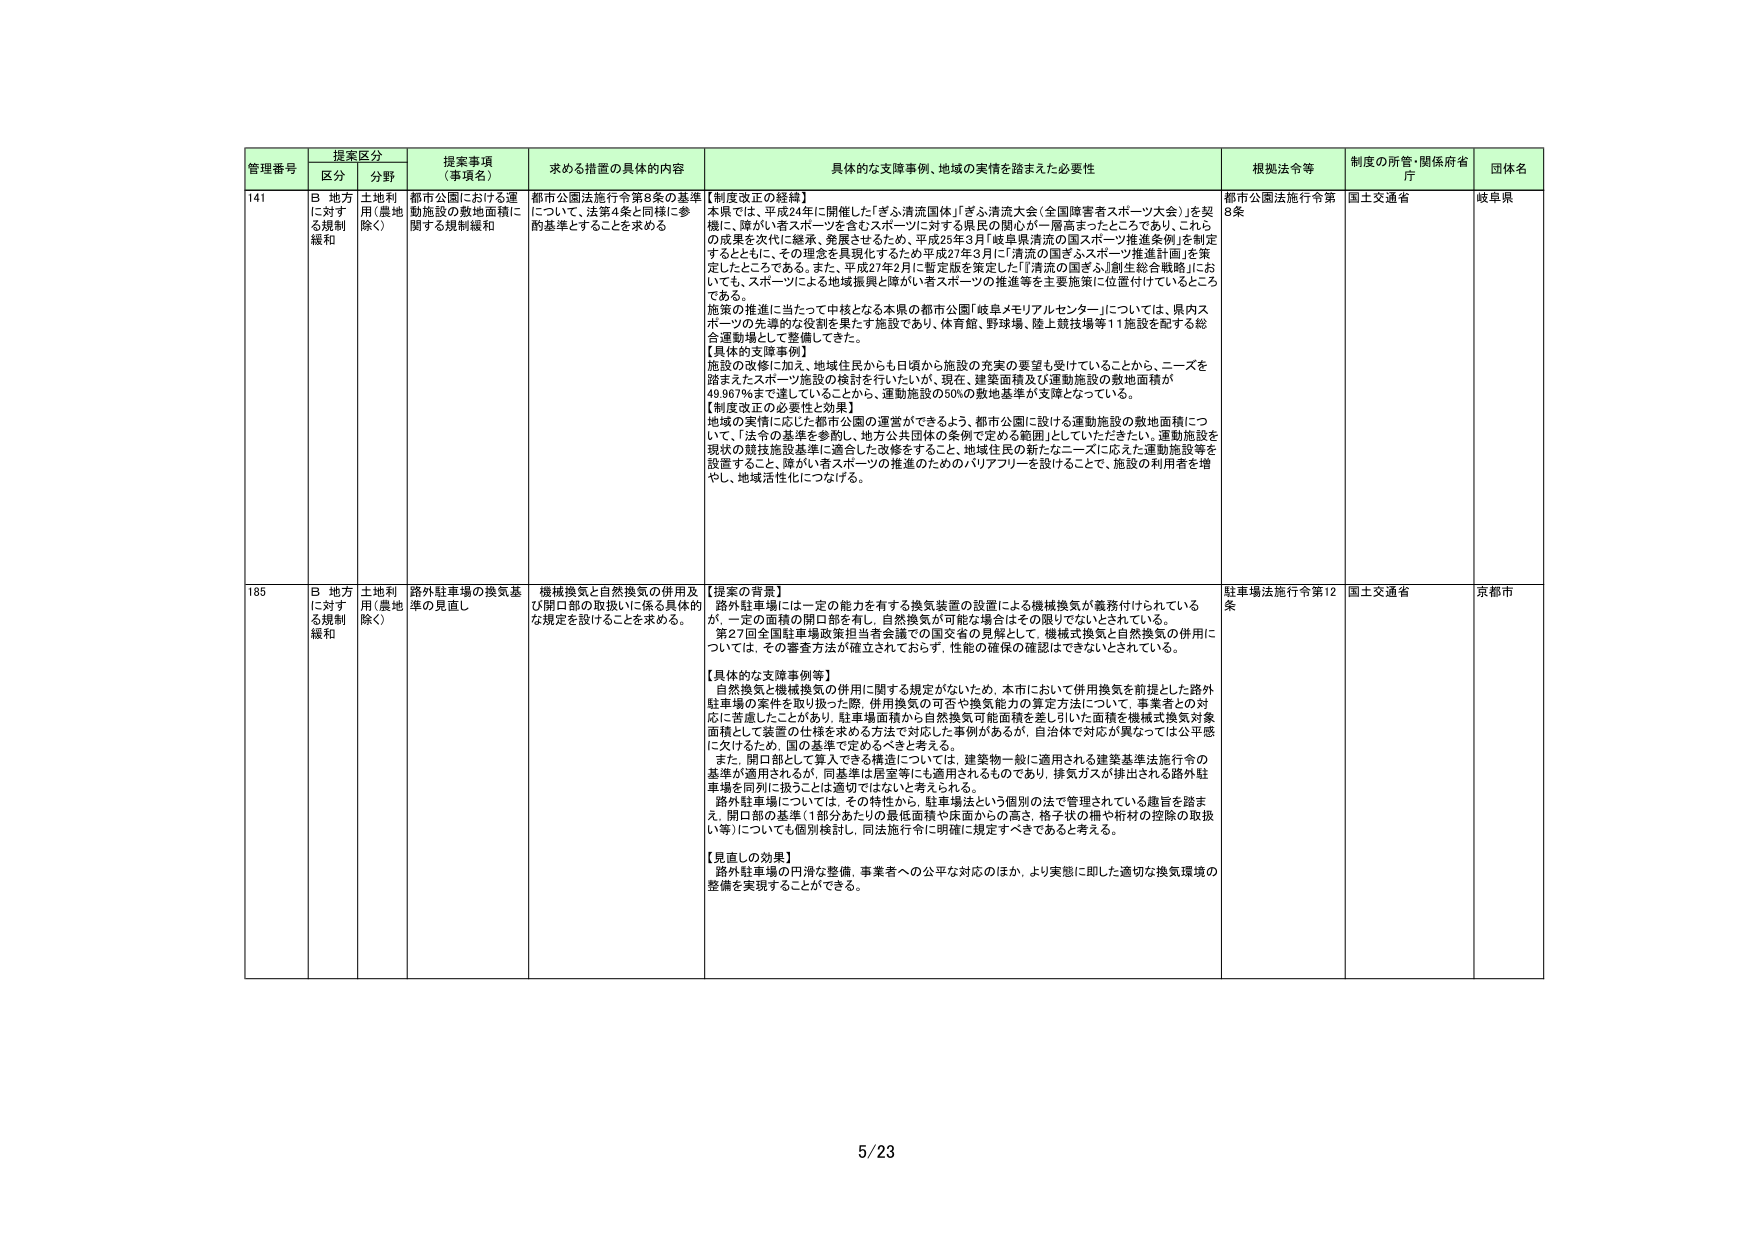
管理番号 提案区分 提案事項（事項名） 求める措置の具体的内容 具体的な支援事例、地域の実情を踏まえた必要性 根拠法令等 制度の所管・関係府省庁 団体名
区分 分野
141 B 地方に対する規制緩和 土地利用（農地除く） 都市公園における運動施設の敷地面積に関する規制緩和 都市公園法施行令第8条の基準について、法第4条と同様に参酌基準とすることを求める 【制度改正の経緯】 本県では、平成24年に開催した「ぎふ清流国体」「ぎふ清流大会（全国障害者スポーツ大会）」を契機に、障がい者スポーツを含むスポーツに対する県民の関心が一層高まったところであり、これらの成果を次代に継承、発展させるため、平成25年3月「岐阜県清流の国スポーツ推進条例」を制定するとともに、その理念を具現化するため平成27年3月に「清流の国ぎふスポーツ推進計画」を策定したところである。また、平成27年2月に暫定版を策定した「『清流の国ぎふ』創生総合戦略」においても、スポーツによる地域振興と障がい者スポーツの推進等を主要施策に位置付けているところである。 施策の推進に当たって中核となる本県の都市公園「岐阜メモリアルセンター」については、県内スポーツの先導的な役割を果たす施設であり、体育館、野球場、陸上競技場等11施設を配する総合運動場として整備してきた。 【具体的支援事例】 施設の改修に加え、地域住民からも日頃から施設の充実の要望を受けていることから、ニーズを踏まえたスポーツ施設の検討を行いたいが、現在、建築面積及び運動施設の敷地面積が49.967％まで達していることから、運動施設の50％の敷地基準が支障となっている。 【制度改正の必要性と効果】 地域の実情に応じた都市公園の運営ができるよう、都市公園に設ける運動施設の敷地面積について、「法令の基準を参酌し、地方公共団体の条例で定める範囲」としていただきたい。運動施設を現状の競技施設基準に適合した改修をすること、地域住民の新たなニーズに応えた運動施設等を設置すること、障がい者スポーツの推進のためのバリアフリーを設けることで、施設の利用者を増やし、地域活性化につなげる。 都市公園法施行令第8条 国土交通省 岐阜県
185 B 地方に対する規制緩和 土地利用（農地除く） 路外駐車場の換気基準の見直し 機械換気と自然換気の併用及び開口部の取扱いに係る具体的な規定を設けることを求める。 【提案の背景】 路外駐車場には一定の能力を有する換気装置の設置による機械換気が義務付けられているが、一定の面積の開口部を有し、自然換気が可能な場合はその限りでないとされている。 第27回全国駐車場政策担当者会議での国交省の見解として、機械式換気と自然換気の併用については、その審査方法が確立されておらず、性能の確保の確認はできないとされている。 【具体的な支援事例等】 自然換気と機械換気の併用に関する規定がないため、本市において併用換気を前提とした路外駐車場の案件を取り扱った際、併用換気の可否や換気能力の算定方法について、事業者との対応に苦慮したことがあり、駐車場面積から自然換気可能面積を差し引いた面積を機械式換気対象面積として装置の仕様を求める方法で対応した事例があるが、自治体で対応が異なっては公平性に欠けるため、国は基準を定めてすべきと考える。 また、開口部として算入できる構造については、建築物一般に適用される建築基準法施行令の基準が適用されるが、同基準は居室等にも適用されるものであり、排気ガスが排出される路外駐車場を同列に扱うことは適切ではないと考えられる。 路外駐車場については、その特性から、駐車場法という個別の法で管理されている趣旨を踏まえ、開口部の基準（1部分あたりの最低面積や床面からの高さ、格子状の柵や桁材の控除の取扱い等）についても個別検討し、同法施行令に明確に規定すべきであると考える。 【見直しの効果】 路外駐車場の円滑な整備、事業者への公平な対応のほか、より実態に即した適切な換気環境の整備を実現することができる。 駐車場法施行令第12条 国土交通省 京都市
5/23